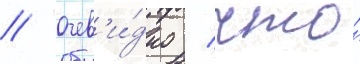
// Очев'и́дно / что́